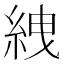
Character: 絏